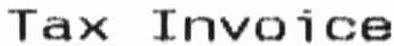
TAX INVOICE